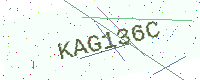
Text: KAG136C